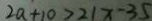
2 a + 1 0 > 2 1 x - 3 5